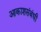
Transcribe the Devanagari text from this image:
आकाशसंबंधी